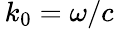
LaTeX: \, k_{0}=\omega/c